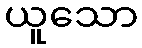
ယူသော